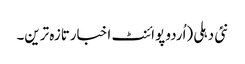
نئی دہلی (اُردو پوائنٹ اخبارتازہ ترین۔